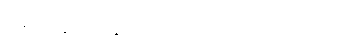
ရေးသူ တွေက သုံးသပ်ကြပါတယ်။